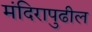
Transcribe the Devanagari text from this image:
मंदिरापुढील